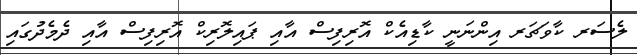
ލެސަރ ކާވަޗަރ އިންނަނީ ކާޑިއެކް އޮރިފިސް އާއި ޕައިލޮރިކް އޮރިފިސް އާއި ދެމެދުގައި